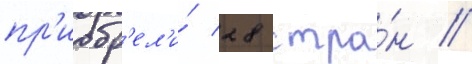
пр'иобр'ел'и́ 28 стра́н //